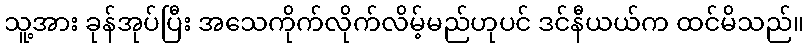
သူ့အား ခုန်အုပ်ပြီး အသေကိုက်လိုက်လိမ့်မည်ဟုပင် ဒင်နီယယ်က ထင်မိသည်။